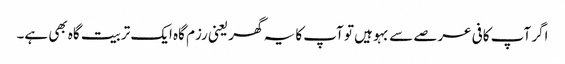
اگر آپ کافی عرصے سے بہو ہیں تو آپ کا یہ گھر یعنی رزم گاہ ایک تربیت گاہ بھی ہے۔